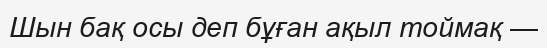
Шын бақ осы деп бұған ақыл тоймақ —